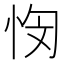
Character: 𭜭